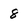
Character: 8